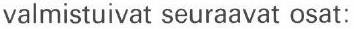
valmistuivat seuraavat osat: